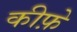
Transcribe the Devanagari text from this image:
कीफ़े